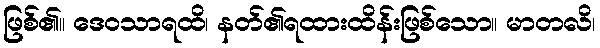
ဖြစ်၏။ ဒေဝသာရထိ၊ နတ်၏ရထားထိန်းဖြစ်သော။ မာတလိ၊